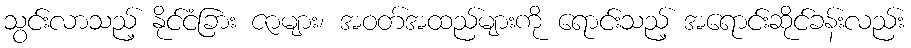
သွင်းလာသည့် နိုင်ငံခြား ဇာများ၊ အဝတ်အထည်များကို ရောင်းသည့် အရောင်းဆိုင်ခန်းလည်း